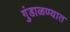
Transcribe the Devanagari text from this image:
गुंडाळण्यात